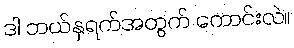
ဒါ ဘယ်နှရက်အတွက် ကောင်းလဲ။